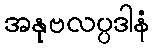
အနုဗလပ္ပဒါနံ